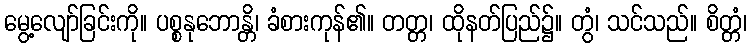
မွေ့လျော်ခြင်းကို။ ပစ္စနုဘောန္တိ၊ ခံစားကုန်၏။ တတ္တ၊ ထိုနတ်ပြည်၌။ တွံ၊ သင်သည်။ စိတ္တံ၊